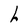
Character: h